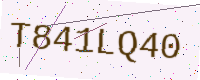
Text: T841LQ40